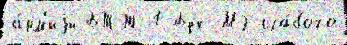
а́рм'иjи БТТ-1 Бук-М2 сла́бого